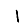
Digit: 1